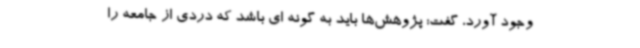
وجود آورد، گفت: پژوهش‌ها باید به گونه ای باشد که دردی از جامعه را